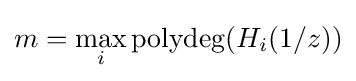
m=\max _{i}\operatorname {polydeg} (H_{i}(1/z))